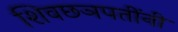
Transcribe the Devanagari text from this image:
शिवछञपतींनी